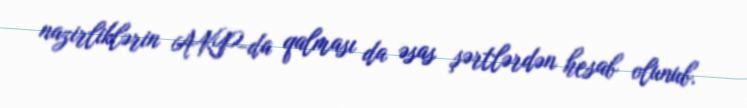
nazirliklərin AKP-da qalması da əsas şərtlərdən hesab olunub.